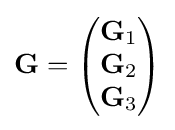
\mathbf {G} ={\begin{pmatrix}\mathbf {G} _{1}\\\mathbf {G} _{2}\\\mathbf {G} _{3}\end{pmatrix}}